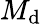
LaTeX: M_{\mathrm{d}}